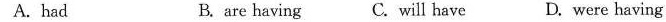
A.had B. are having C. will have D. were having